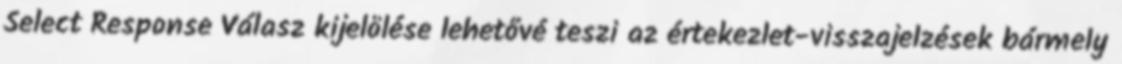
Select Response Válasz kijelölése lehetővé teszi az értekezlet-visszajelzések bármely